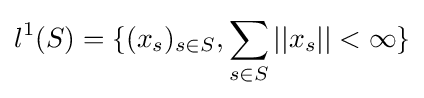
l^{1}(S)=\{(x_{s})_{s\in S},\sum _{s\in S}||x_{s}||<\infty \}